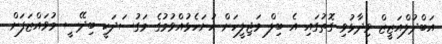
އަބްދުލްއަޒީޒް ވިދާޅުވި ގޮތުގައި އެ ބިލް މަޖިލީހަށް ހުށަހެޅުއްވުމުގެ މަގުސަދަކީ ބިދޭސީ މުވައްޒަފަށް